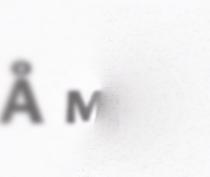
Å muo;